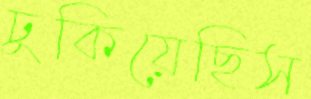
ঢুকিয়েছিস